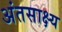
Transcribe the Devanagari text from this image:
अंतसाक्ष्य